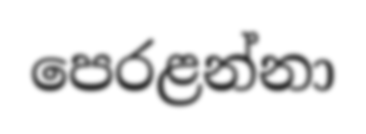
පෙරළන්නා